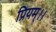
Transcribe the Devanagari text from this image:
प्रियम्।।